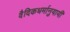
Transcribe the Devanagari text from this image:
वैदिकधर्मानुयायी